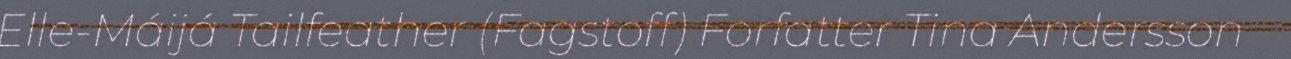
Elle-Máijá Tailfeather (Fagstoff) Forfatter Tina Andersson